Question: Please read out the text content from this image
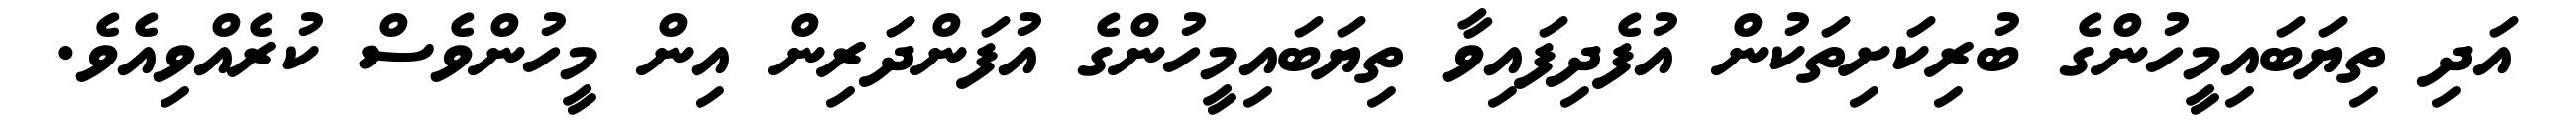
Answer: އަދި ތިޔަބައިމީހުންގެ ބުރިކަށިތަކުން އުފެދިފައިވާ ތިޔަބައިމީހުންގެ އުފަންދަރިން އިން މީހުންވެސް ކުރެއްވިއެވެ.